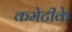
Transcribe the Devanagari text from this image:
कमेटीके